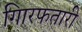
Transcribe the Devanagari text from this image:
गिारफतारी